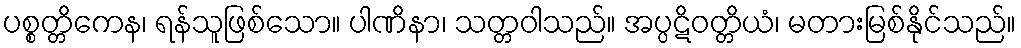
ပစ္စတ္တိကေန၊ ရန်သူဖြစ်သော။ ပါဏိနာ၊ သတ္တဝါသည်။ အပ္ပဋိဝတ္တိယံ၊ မတားမြစ်နိုင်သည်။